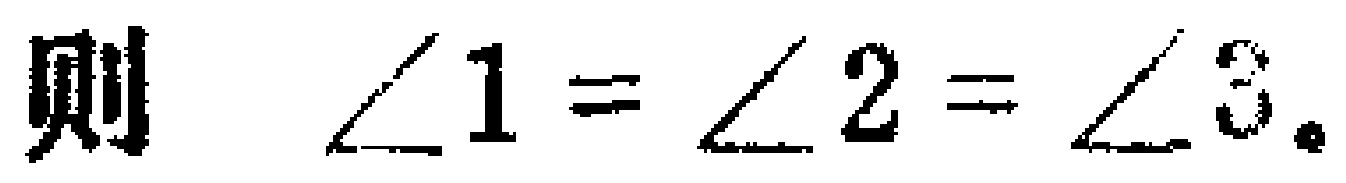
则 $\angle 1 = \angle 2 = \angle 3$.